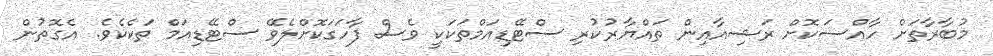
މުބާރާތަށް ހާއްސަކޮށް ރަޝިއާއިން ތައްޔާރުކުރި ސްޓޭޑިއަމްތަކަކީ ވެސް ފާހަގަކޮށްލެވޭ ސްޓޭޑިއަމް ތަކެކެވެ. އެގޮތުން